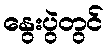
နွေးပွဲတွင်